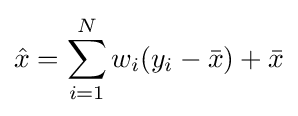
{\hat {x}}=\sum _{i=1}^{N}w_{i}(y_{i}-{\bar {x}})+{\bar {x}}